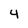
Character: 4